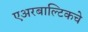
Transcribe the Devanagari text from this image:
एअरबाल्टिकचे